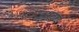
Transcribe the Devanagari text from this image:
बधला